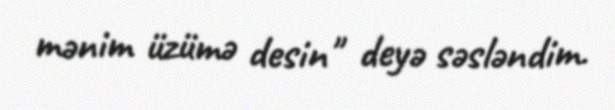
mənim üzümə desin" deyə səsləndim.